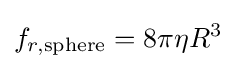
f_{r,{\textrm {sphere}}}=8\pi \eta R^{3}